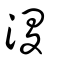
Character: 溭